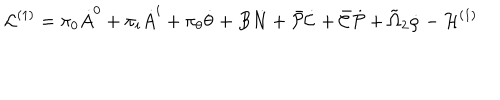
{ \cal L } ^ { ( 1 ) } = \pi _ { 0 } \dot { A } ^ { 0 } + \pi _ { i } \dot { A } ^ { i } + \pi _ { \theta } \dot { \theta } + B \dot { N } + \bar { \cal P } \dot { \cal C } + \bar { \cal C } \dot { \cal P } + \tilde { \Omega } _ { 2 } \dot { \rho } - { \cal H } ^ { ( 1 ) }